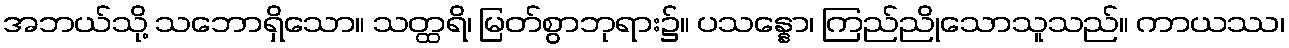
အဘယ်သို့ သဘောရှိသော။ သတ္ထရိ၊ မြတ်စွာဘုရား၌။ ပသန္နော၊ ကြည်ညိုသောသူသည်။ ကာယဿ၊